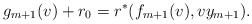
\begin{align*} g_{m+1}(v)+r_0=r^\ast(f_{m+1}(v),vy_{m+1}).\end{align*}